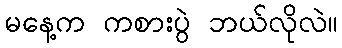
မနေ့က ကစားပွဲ ဘယ်လိုလဲ။